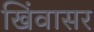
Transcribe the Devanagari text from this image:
खिंवासर